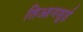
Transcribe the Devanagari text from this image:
तिआनशुई